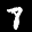
Label: 8